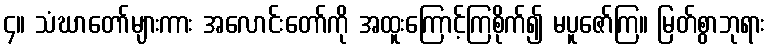
၄။ သံဃာတော်များကား အလောင်းတော်ကို အထူးကြောင့်ကြစိုက်၍ မပူဇော်ကြ။ မြတ်စွာဘုရား